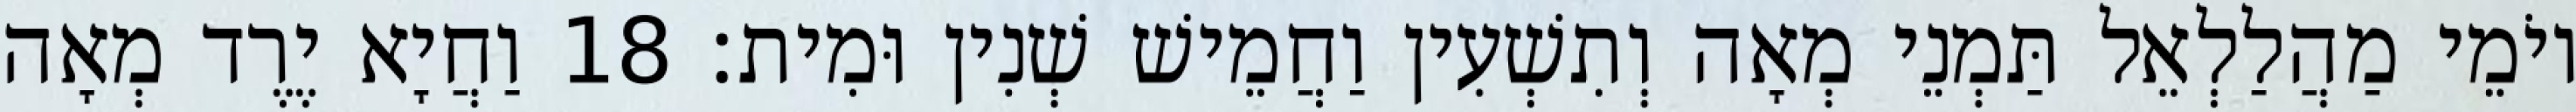
יוֹמֵי מַהֲלַלְאֵל תַּמְנֵי מְאָה וְתִשְׁעִין וַחֲמֵישׁ שְׁנִין וּמִית׃ 18 וַחֲיָא יֶרֶד מְאָה